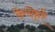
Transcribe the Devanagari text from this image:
केचेहरे